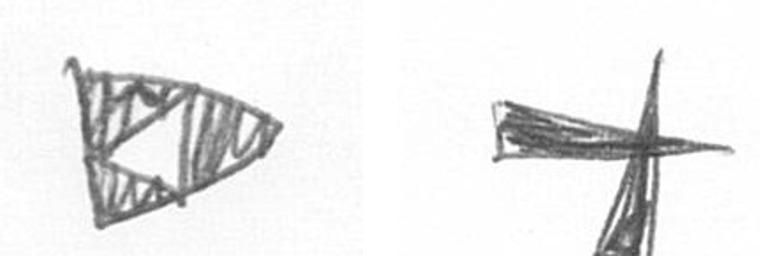
K G